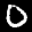
Label: 0